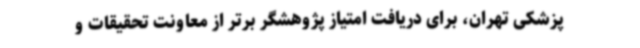
پزشکی تهران، برای دریافت امتیاز پژوهشگر برتر از معاونت تحقیقات و